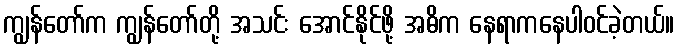
ကျွန်တော်က ကျွန်တော်တို့ အသင်း အောင်နိုင်ဖို့ အဓိက နေရာကနေပါဝင်ခဲ့တယ်။